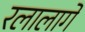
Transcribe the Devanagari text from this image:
रलालागे